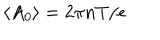
\left\langle A _ { 0 } \right\rangle = { 2 \pi n T } / { e }